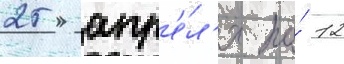
25 апр'е́л'я по́ 12